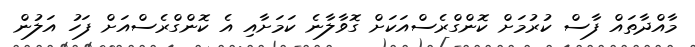
މާއްދާތައް ފާސް ކުރުމަށް ކޮންގްރެސްއަކަށް ގޮވާލާނެ ކަމަށާއި އެ ކޮންގްރެސްއަށް ފަހު އަލުން